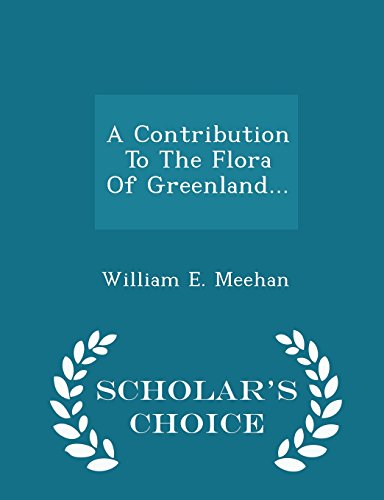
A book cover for A Contribution To The Flora Of Greenland... - Scholar's Choice Edition; William E. Meehan; History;